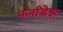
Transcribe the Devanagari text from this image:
फर्नांडेझ